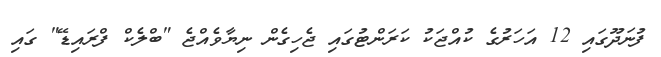
ފުނަދޫގައި 12 އަހަރުގެ ކުއްޖަކު ކަރަންޓުގައި ޖެހިގެން ނިޔާވެއްޖެ "ބްލެކް ފްރައިޑޭ" ގައި